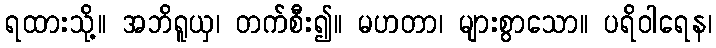
ရထားသို့။ အဘိရူယှ၊ တက်စီး၍။ မဟတာ၊ များစွာသော။ ပရိဝါရေန၊